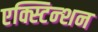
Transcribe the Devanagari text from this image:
एक्स्टिन्शन